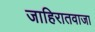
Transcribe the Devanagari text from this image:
जाहिरातवाजा